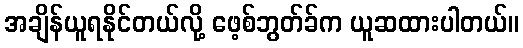
အချိန်ယူရနိုင်တယ်လို့ ဖေ့စ်ဘွတ်ခ်က ယူဆထားပါတယ်။